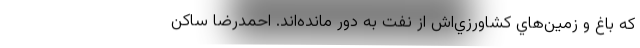
كه باغ و زمين‌هاي كشاورزي‌اش از نفت به دور مانده‌اند. احمدرضا ساكن